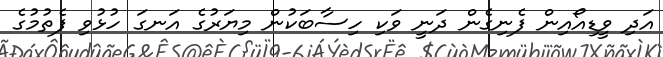
އަދި ވީޑިއޯއިން ފެނިގެން ދަނީ ވަކި ހިސާބަކުން މިޔަރުގެ އަނގަ ހުޅުވި ފެތުމުގެ